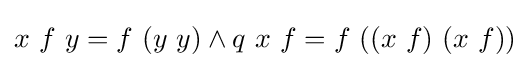
x\ f\ y=f\ (y\ y)\land q\ x\ f=f\ ((x\ f)\ (x\ f))